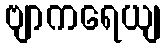
ဗျာကရေယျ